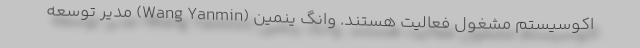
اکوسیستم مشغول فعالیت هستند. وانگ ینمین (Wang Yanmin) مدیر توسعه